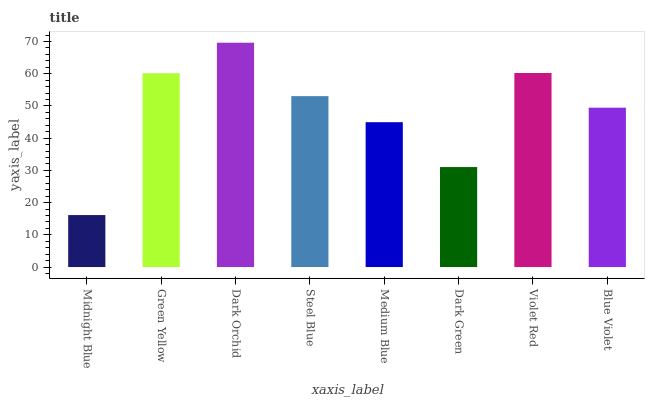
| xaxis_label | bars |
 | --- | --- |
 | Midnight Blue | 16.1 |
 | Green Yellow | 60.2 |
 | Dark Orchid | 69.6 |
 | Steel Blue | 53.1 |
 | Medium Blue | 45 |
 | Dark Green | 31 |
 | Violet Red | 60.2 |
 | Blue Violet | 49.5 |